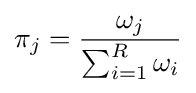
\pi _{j}={\frac {\omega _{j}}{\sum _{i=1}^{R}\omega _{i}}}